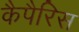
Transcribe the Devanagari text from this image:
कैपैरिस